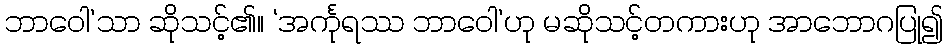
ဘာဝေါ’သာ ဆိုသင့်၏။ ‘အင်္ကုရဿ ဘာဝေါ’ဟု မဆိုသင့်တကားဟု အာဘောဂပြု၍